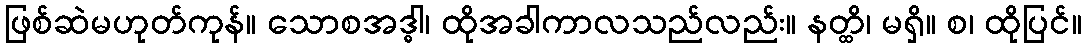
ဖြစ်ဆဲမဟုတ်ကုန်။ သောစအဒ္ဓါ၊ ထိုအခါကာလသည်လည်း။ နတ္ထိ၊ မရှိ။ စ၊ ထိုပြင်။